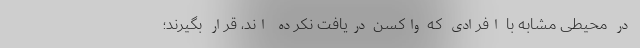
در محیطی مشابه با افرادی که واکسن دریافت نکرده اند، قرار بگیرند؛